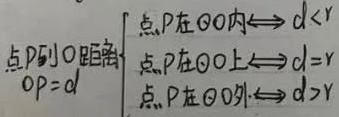
点\(P\)到\(O\)距离\(OP = d\)
\[
\begin{cases}
\text{点}P\text{在}\odot O\text{内}\Longleftrightarrow d<R \\
\text{点}P\text{在}\odot O\text{上}\Longleftrightarrow d = R\\
\text{点}P\text{在}\odot O\text{外}\Longleftrightarrow d>R
\end{cases}
\]